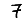
Digit: 7